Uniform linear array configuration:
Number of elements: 16
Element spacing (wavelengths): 0.25
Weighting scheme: hamming
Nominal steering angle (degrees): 30
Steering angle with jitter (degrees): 29.879
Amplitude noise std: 0.05
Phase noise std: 0.05

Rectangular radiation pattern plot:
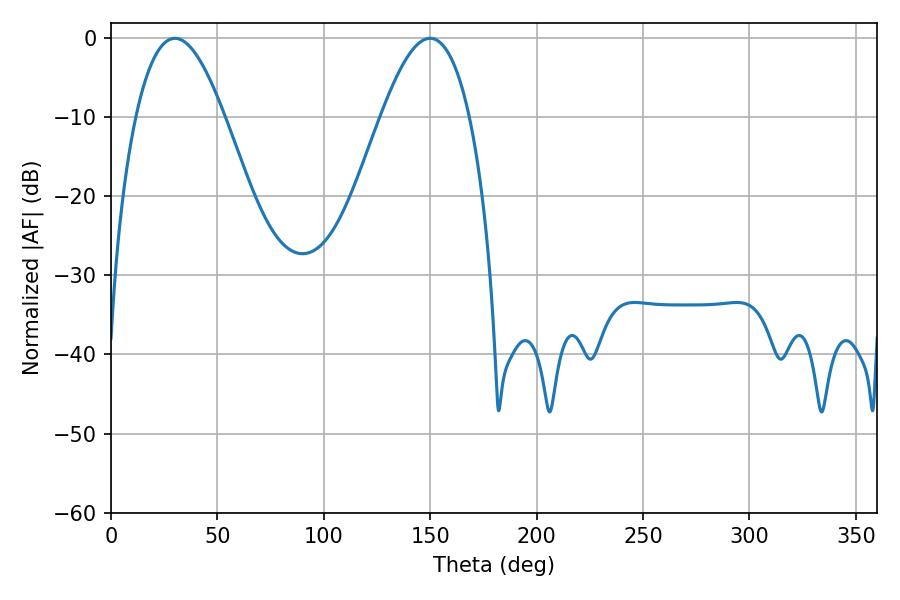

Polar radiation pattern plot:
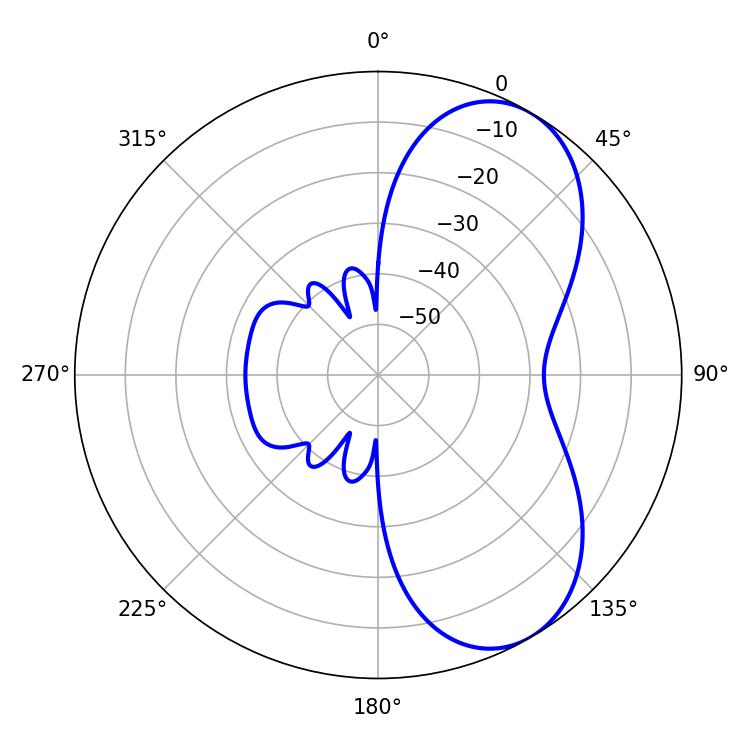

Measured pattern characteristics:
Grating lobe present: FALSE
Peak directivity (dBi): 6.521
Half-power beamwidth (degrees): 22.68
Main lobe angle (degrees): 30.06